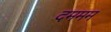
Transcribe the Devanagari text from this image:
दममम